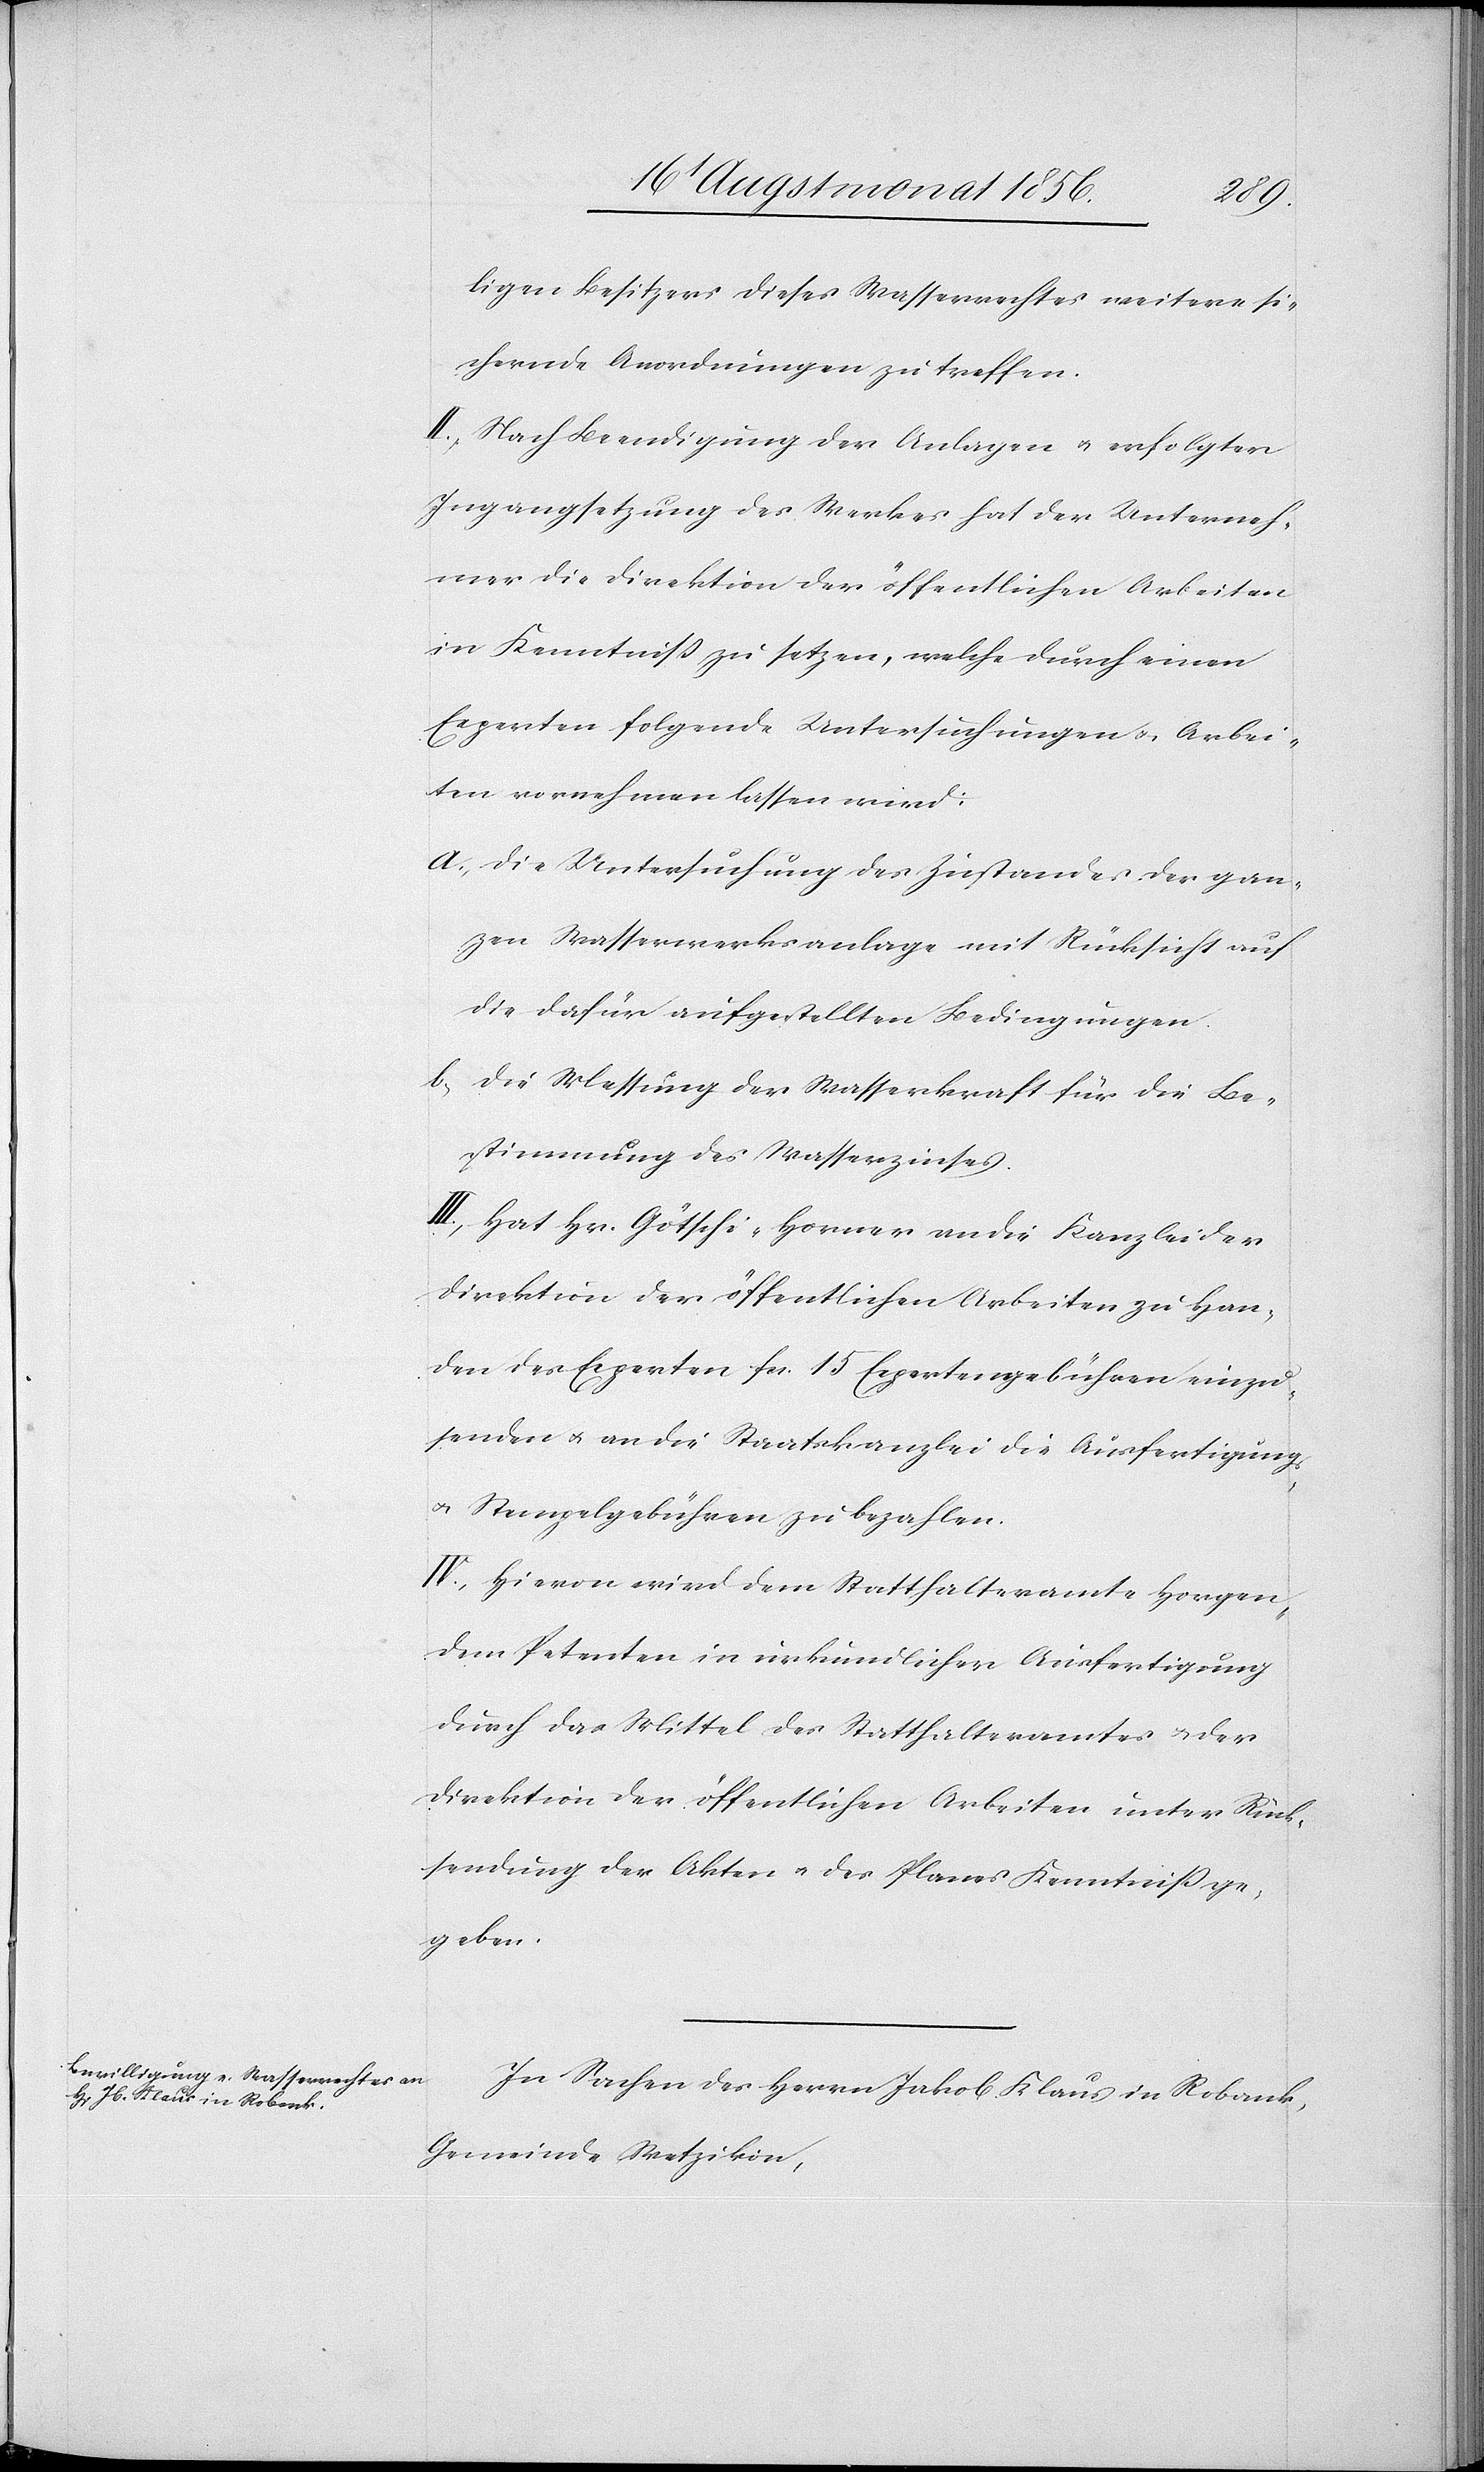
ligen Besitzers dieses Wasserrechtes weitere si¬
chernde Anordnungen zu treffen.
II.) Nach Beendigung der Anlagen u. erfolgter
Ingangsetzung des Werkes hat der Unterneh¬
mer die Direktion der öffentlichen Arbeiten
in Kenntniss zu setzen, welche durch einen
Experten folgende Untersuchungen u. Arbei¬
ten vornehmen lassen wird:
a.) die Untersuchung des Zustandes der gan¬
zen Wasserwerksanlage mit Rücksicht auf
die dafür aufgestellten Bedingungen.
b.) die Messung der Wasserkraft für die Be¬
stimmung des Wasserzinses.
III.) Hat Hr. Götschi-Horner an die Kanzlei der
Direktion der öffentlichen Arbeiten zu Han¬
den des Experten fcs. 15 Expertengebühren einzu¬
senden u. an die Staatskanzlei die Ausfertigungs-
u. Stempelgebühren zu bezahlen.
IV.) Hievon wird dem Statthalteramte Horgen,
dem Petenten in urkundlicher Ausfertigung
durch das Mittel des Statthalteramtes u. der
Direktion der öffentlichen Arbeiten unter Rück¬
sendung der Akten u. des Planes Kenntniss ge¬
geben.
In Sachen des Herrn Jakob Klaus in Robank,
Gemeinde Wetzikon,